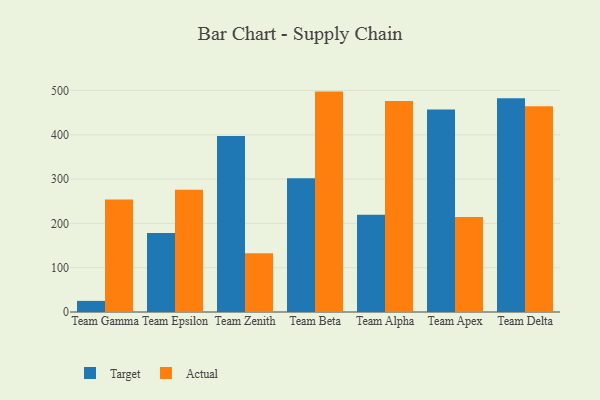
{"axis": {"x": "Team", "y": "Production Output"}, "legend": ["Actual", "Target"], "data": [{"x": "Team Gamma", "y": 25.1, "type": "Target"}, {"x": "Team Gamma", "y": 253.8, "type": "Actual"}, {"x": "Team Epsilon", "y": 178.3, "type": "Target"}, {"x": "Team Epsilon", "y": 276.1, "type": "Actual"}, {"x": "Team Zenith", "y": 397.0, "type": "Target"}, {"x": "Team Zenith", "y": 132.4, "type": "Actual"}, {"x": "Team Beta", "y": 301.8, "type": "Target"}, {"x": "Team Beta", "y": 497.5, "type": "Actual"}, {"x": "Team Alpha", "y": 219.6, "type": "Target"}, {"x": "Team Alpha", "y": 476.4, "type": "Actual"}, {"x": "Team Apex", "y": 457.0, "type": "Target"}, {"x": "Team Apex", "y": 214.4, "type": "Actual"}, {"x": "Team Delta", "y": 482.7, "type": "Target"}, {"x": "Team Delta", "y": 464.2, "type": "Actual"}]}